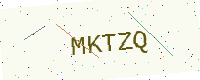
Text: MKTZQ